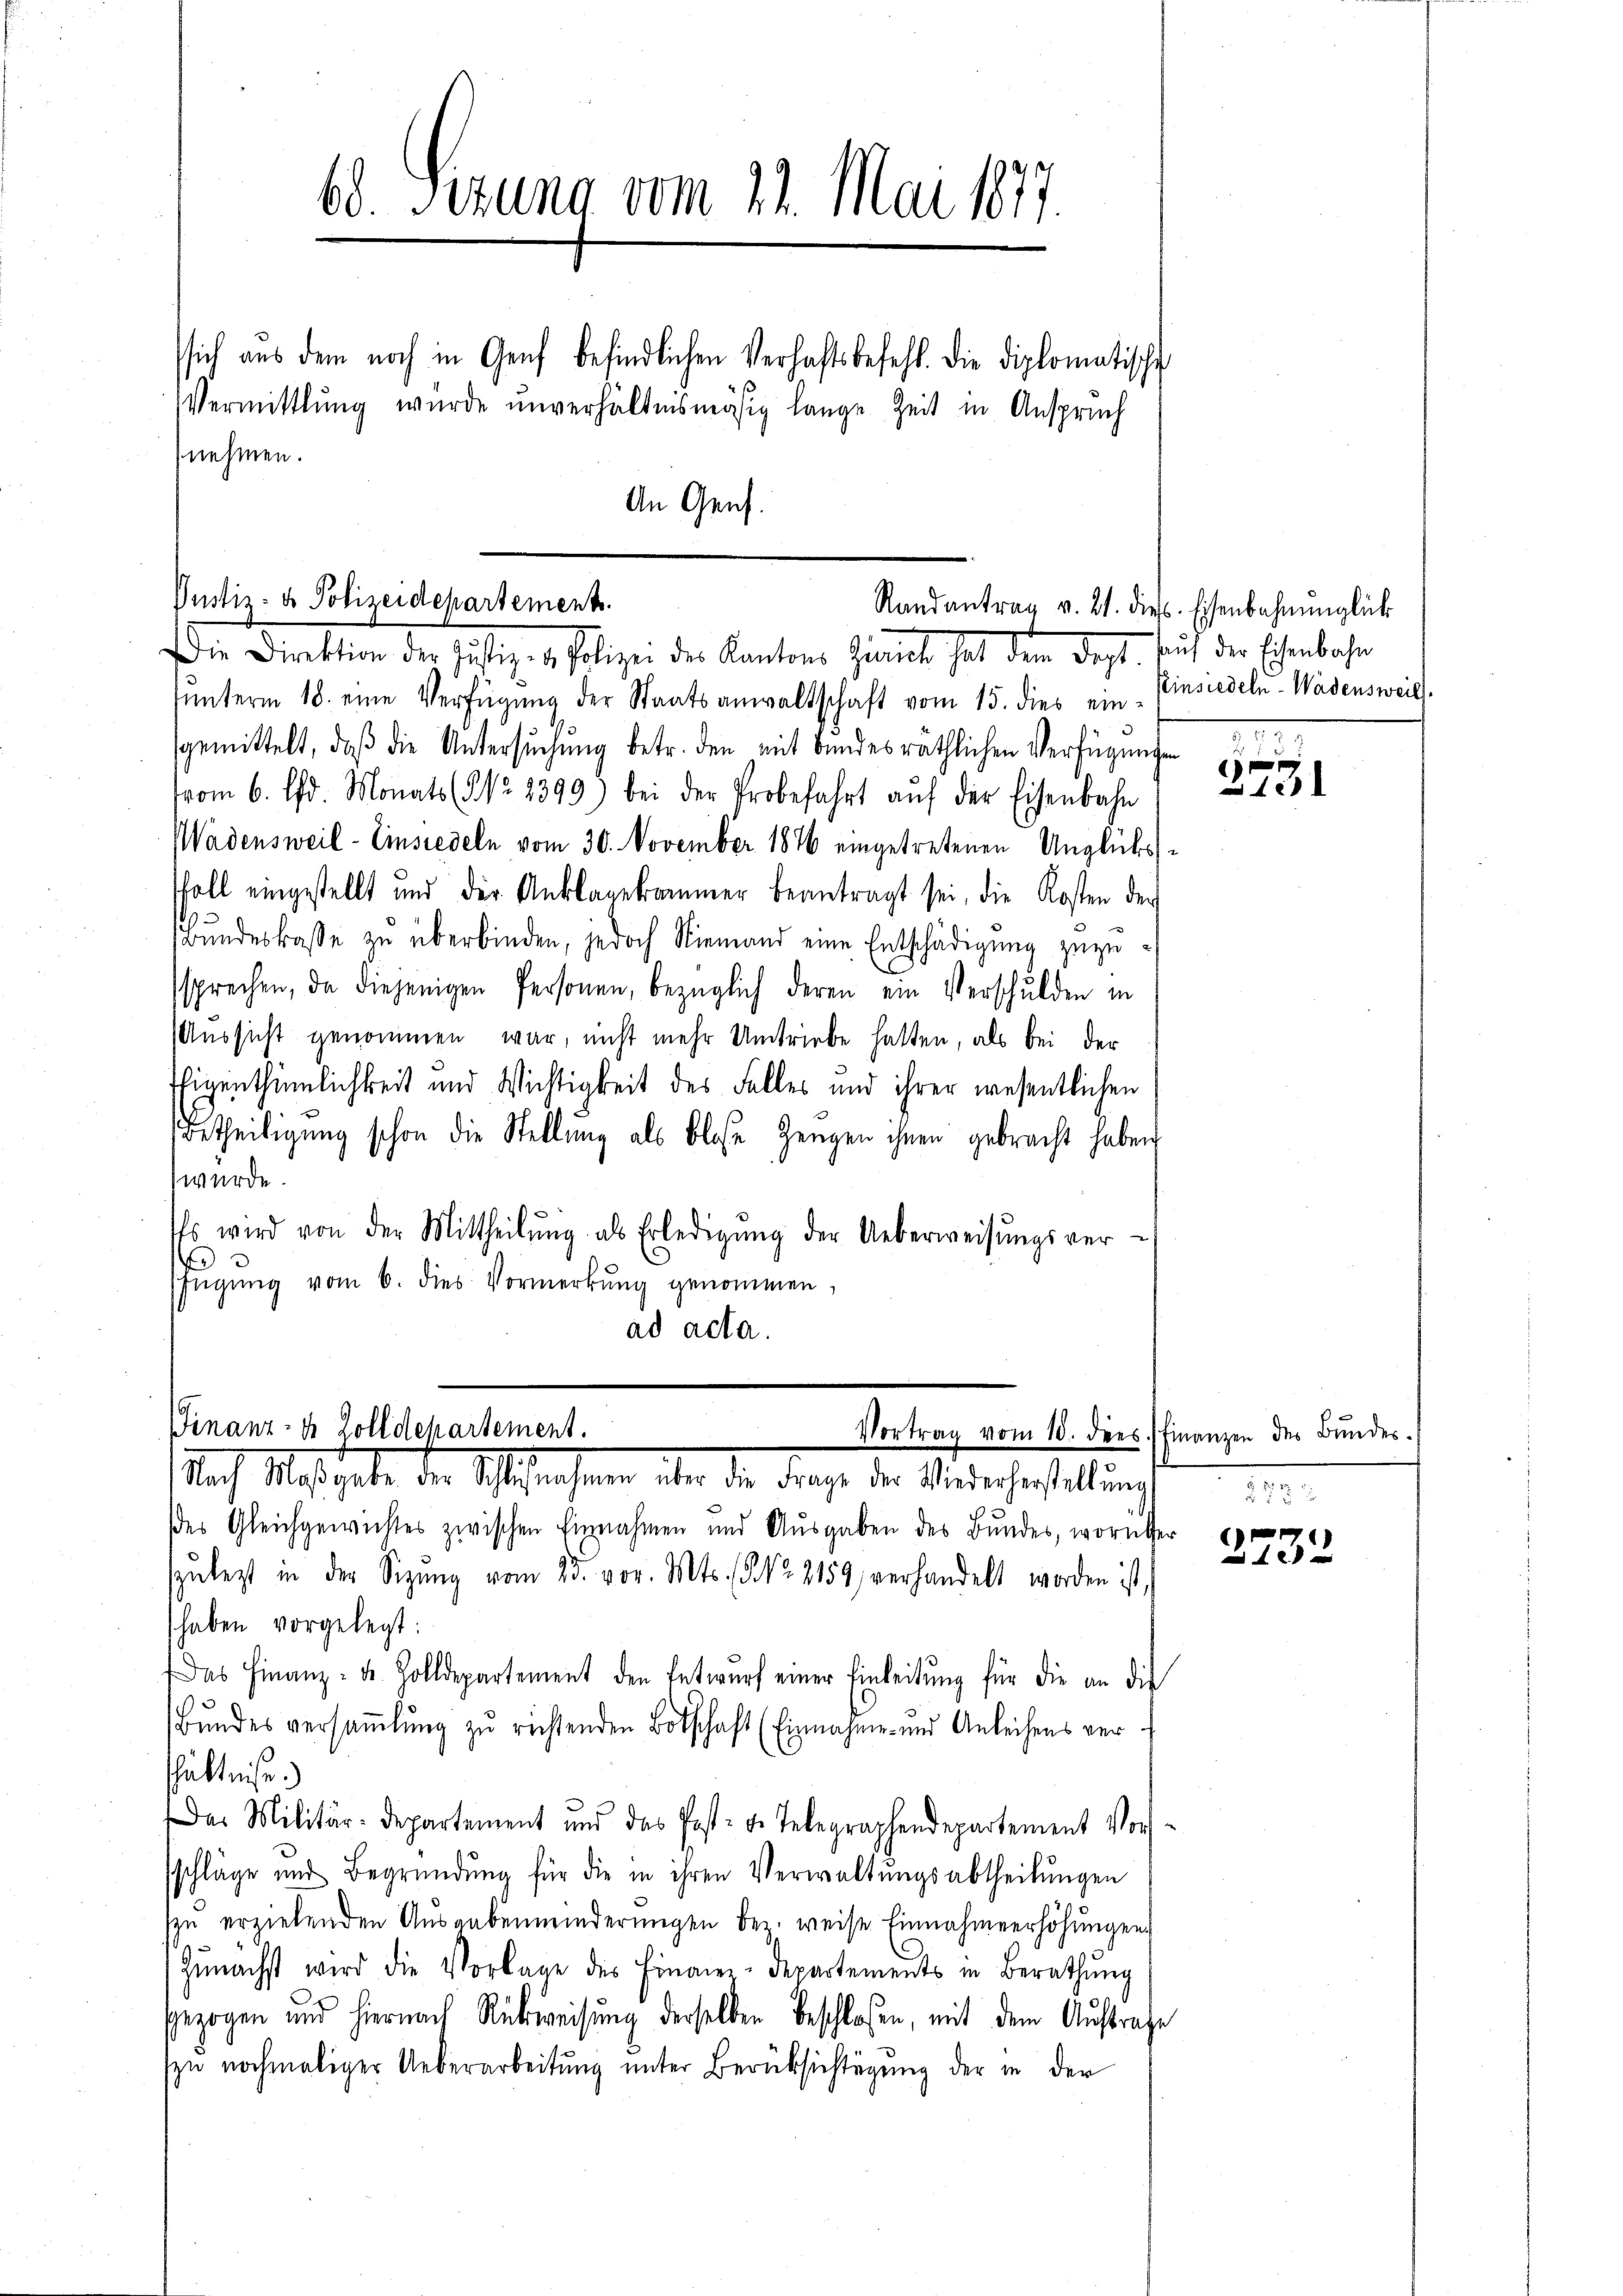
68. Sezung vom 21. Mai 1877.
ssich aus dem noch in Genf befindlichen Verhaftsbefehl. Die diplomatische

Vermittlung wurde unverhältnismäsig lange Zeit in Anspruch
nehmen.

An Genf.

Justiz- & Polizeidepartement.
Randantrag v. 21. dies. Eisenbahnŭnglück
Die Direktion der Justiz- & Polizei des Kantons Zimmet hat dem dort sauf der Eisenbahn

ŭnterm 18. eine Verfügŭng der Staatsanwaltschaft vom 15. dies ein Einsiedeln-Wädensweil,
gemittelt, daß die Untersuchung betr. den mit bundesräthlichen Verfügungen
vom 6. d. Monats (NNo. 2399) bei der Probefahrt aŭf der Eisenbahn
Wadensweil–Einsiedeln vom 30. November 1876 eingetretenen Unglücksfoll eingestellt und der Anklagekammer beantragt sei, die Kosten der
Bundeskasse zu überbinden, jedoch Niemand eine Entschädigung zuzusprechen, da diejenigen Personen, bezüglich deren ein Verschulden in
Aussicht genommen war, nicht mehr Umtriebe hatten, als bei der
TEigenthümlichkeit und Wichtigkeit des Falles und ihrer wesentlichen
Betheiligung schon die Stellung als blose Zeugen ihnen gebracht haben,
wurde.
Es wird von der Mittheilŭng als Erledigŭng der Ueberweisŭngsver-
.
fügŭng vom 6. dies Vormerkŭng genommen,
ad acta.

Finanz- & Zolldepartement.
Vortrag vom 10. dies. Finanzen des Bundes.
Nach Massgabe der Aufnahmen, über die Frage der Wiederherstellung,

der Gleichgewichtes zwischen Einnahmen und Ausgaben des Bundes, worüber
zŭlegt in der Sitzŭng vom 25. vor. Mts. No. 2159, verhandelt worden ist,
haben vorgelegt:
Das Finanz- u. Zolldepartement den Entwŭrf einer Einleitŭng für die an die
Bundes versammlung zu richtenden Botschaft (Einnahme und Anleihens verhältniße.
Das Militär-Departement und das Post- u. Telegraphendepartement Vor-
schläge und Begründung für die in ihren Verwaltungsabtheilungen
zu erziehenden Ausgabenmeinderŭngen bei weise Einnahmeerhöhŭngen
Zunächst wird die Vorlage des Finanz-Departements in Berathŭng
gezogen und hiernach Rückweisung derselben beschloßen, mit dem Auftrage
zu nochmaliger Ueberarbeitung unter Berücksichtigung der in der

1

l
.
225 x

e
 0 x